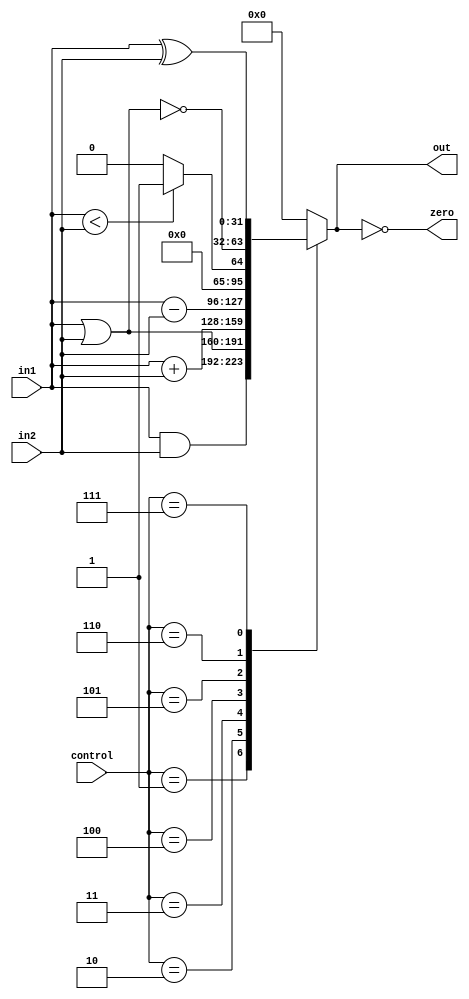
//`include "INS_DEFINE.v"

module ALU(
	input [31:0] 		in1,
	input [31:0] 		in2,
	input [3:0]			control,
	output reg  [31:0]	out,
	output				zero		
);

	assign zero = (out == 0);
	
	always @(control or in1 or in2)  begin 
		case (control) 
			            4'b0001: out <=  $signed(in1) & $signed(in2); // 1 and
						      4'b0010: out <= $signed(in1) | $signed(in2); // 2 or      
			            4'b0011: out <= $signed(in1) + $signed(in2);  // 3 add               
			            4'b0100: out <= $signed(in1) - $signed(in2);  // 4 sub
			            4'b0101: out <= $signed(in1) < $signed(in2) ? 1 : 0; // 5 slt
			            4'b0110: out <= (~($signed( in1) | $signed(in2))); // 6 nor
			            4'b0111: out <= in1 ^ in2; //7 xor

			default: out <= 0;
		endcase			
	end
	
endmodule	
//--------------------------------------------------------------------------
//`timescale 1ns/1ps
//`include "INS_DEFINE.v"
module tb();

reg [31:0] in1, in2;
reg [3:0] control;
wire [31:0] out;
wire zero;

ALU ALU_ins(    
  .in1(in1),
  .in2(in2),          
  .control(control),
  .out(out),
  .zero(zero)
);

initial begin
  in1 = 32'b0101;
  in2 = 32'b1010;//??32 bit?
  
  control = 4'b0001;
  
  #20 control = 4'b0010;
  
  #20 control = 4'b0100;
  
    
end

endmodule